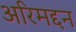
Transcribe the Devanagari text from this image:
अरिमद्दन